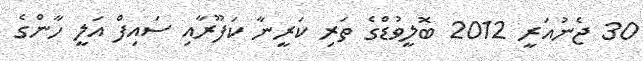
30 ޖެނުއަރީ 2012 ބޮލީވުޑްގެ ތަރި ކަރީނާ ކަފޫރާއި ސައިފް އަލީ ހާންގެ